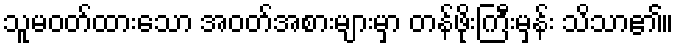
သူမဝတ်ထားသော အဝတ်အစားများမှာ တန်ဖိုးကြီးမှန်း သိသာ၏။